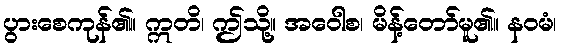
ပွားစေကုန်၏။ ဣတိ၊ ဤသို့။ အဝေါစ၊ မိန့်တော်မူ၏။ နဝမံ၊